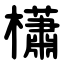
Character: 櫹